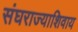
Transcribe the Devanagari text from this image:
संघराज्याशिवाय